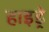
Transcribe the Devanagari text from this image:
हाइड्रे